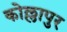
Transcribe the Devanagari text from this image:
कोल्लापुर